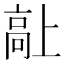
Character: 𱅷